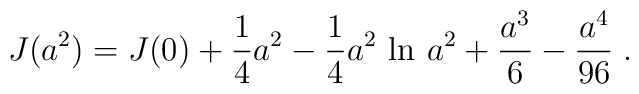
J(a^2)= J(0) + {1\over 4}a^2 - {1\over 4} a^2\, \ln  \, a^2 +{{a^3}\over 6}-{{a^4}\over {96}} \; .